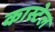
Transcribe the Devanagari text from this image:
कास्टेल